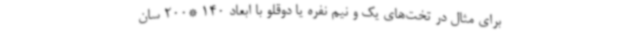
برای مثال در تخت‌های یک و نیم نفره یا دوقلو با ابعاد 140 *200 سان